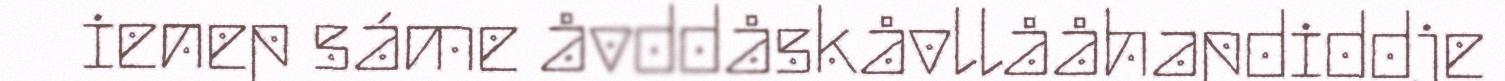
ienep sáme åvddåskåvllååhapdiddje